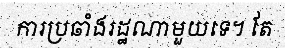
ការប្រឆាំងរដ្ឋណាមួយទេ។ តែ